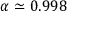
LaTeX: \alpha \simeq 0 . 9 9 8